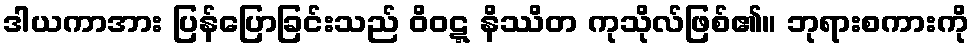
ဒါယကာအား ပြန်ပြောခြင်းသည် ဝိဝဋ္ဋ နိဿိတ ကုသိုလ်ဖြစ်၏။ ဘုရားစကားကို